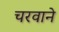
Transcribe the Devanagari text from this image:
चरवाने